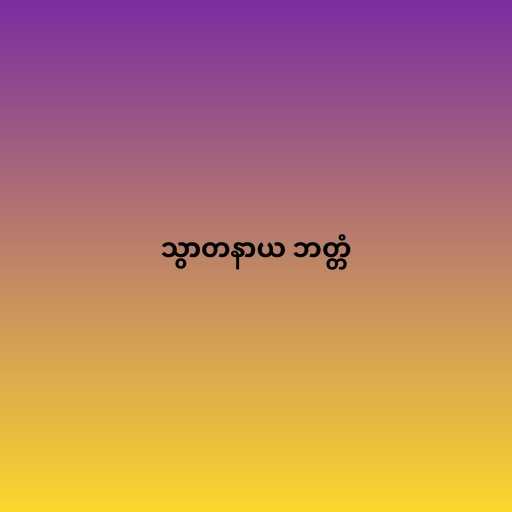
သွာတနာယ ဘတ္တံ